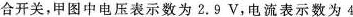
合开关，甲图中电压表示数为2.9V，电流表示数为4